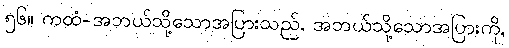
၅၆။ ကထံ-အဘယ်သို့သောအပြားသည်, အဘယ်သို့သောအပြားကို,